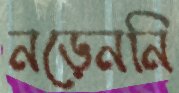
নড়েননি